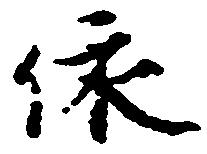
依